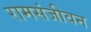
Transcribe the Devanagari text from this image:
रामसंजीवन